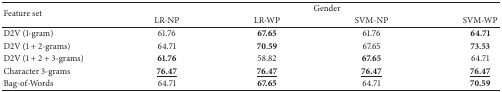
<table><thead><tr><td rowspan="2"><b>Feature set </b></td><td colspan="4"><b>Gender</b></td></tr><tr><td><b>LR-NP</b></td><td><b>LR-WP</b></td><td><b>SVM-NP</b></td><td><b>SVM-WP</b></td></tr></thead><tbody><tr><td> D2V (1-gram) </td><td> 61.76 </td><td><b>67.65</b></td><td> 61.76 </td><td><b>64.71</b></td></tr><tr><td>D2V (1 + 2-grams) </td><td> 64.71 </td><td><b>70.59</b></td><td> 67.65 </td><td><b>73.53</b></td></tr><tr><td>D2V (1 + 2 + 3-grams) </td><td><b>61.76</b></td><td> 58.82 </td><td><b>67.65</b></td><td> 64.71 </td></tr><tr><td>Character 3-grams </td><td><b><underline>76.47</underline></b></td><td><b><underline>76.47</underline></b></td><td><b><underline>76.47</underline></b></td><td><b><underline>76.47</underline></b></td></tr><tr><td>Bag-of-Words </td><td> 64.71 </td><td><b>67.65</b></td><td> 64.71 </td><td><b>70.59</b></td></tr></tbody></table>